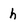
Character: h